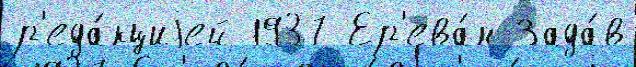
р'еда́кциjей 1937 Ер'ева́н Зада́в